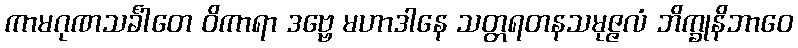
ကာမဂုဏသင်္ခါတေ ဝိကာရာ ဒဗ္ဗေ မဟာဒါနေ သတ္တရတနသမုဇ္ဇလံ ဘိက္ခုနိဘာဝေ